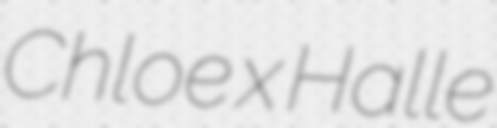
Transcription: Chloe x Halle